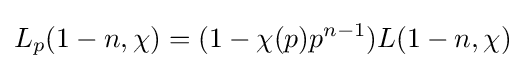
\displaystyle L_{p}(1-n,\chi )=(1-\chi (p)p^{n-1})L(1-n,\chi )